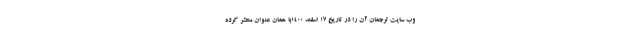
وب سایت ترجمان آن را در تاریخ ۱۷ اسفند ۱۴۰۰با همان عنوان منتشر کرده